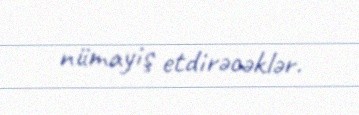
nümayiş etdirəcəklər.